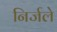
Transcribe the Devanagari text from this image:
निर्जले